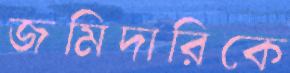
জমিদারিকে